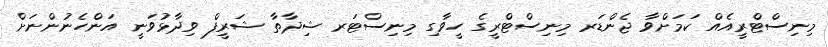
މިނިސްޓްރީއެއް ކަމަށްވާ ޖެންޑަރ މިނިސްޓްރީގެ ހީވާގި މިނިސްޓަރ ޝިދާތާ ޝަރީފް ވިދާޅުވަނީ އަންހެނުންނަށް